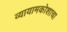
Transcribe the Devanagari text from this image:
व्यायामकोशाचा